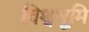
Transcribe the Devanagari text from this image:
विश्वभूमि